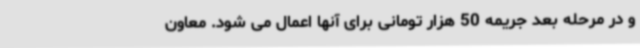
و در مرحله بعد جریمه 50 هزار تومانی برای آنها اعمال می شود. معاون